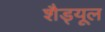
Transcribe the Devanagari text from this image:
शैड्यूल